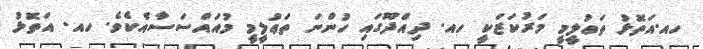
ހއ.އަތޮޅު ތަޢުލީމީ މަރުކަޒަކީ ހއ. ދިއްދޫގައި ހުންނަ ތަޢުލީމީ މުއައްސަސާއެކެވެ. ހއ. އަތޮޅު